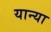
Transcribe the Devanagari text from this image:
यान्या